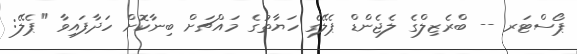
ޕޯސްޓަރ -- ބްރެޒިލްގެ ލެޖެންޑް ޕެލޭގެ ހަޔާތުގެ މައްޗަށް ބިނާކޮށް ހަދާފައިވާ "ޕެލޭ: